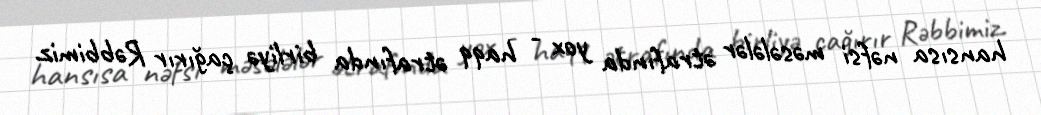
hansısa nəfsi məsələlər ətrafında yox - haqq ətrafında birliyə çağırır Rəbbimiz.